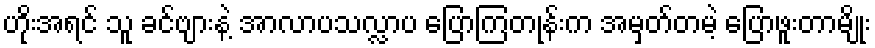
ဟိုးအရင် သူ ခင်ဗျားနဲ့ အာလာပသလ္လာပ ပြောကြတုန်းက အမှတ်တမဲ့ ပြောဖူးတာမျိုး